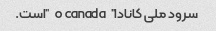
سرود ملی کانادا "o canada" است.